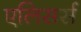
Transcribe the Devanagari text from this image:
एलिसर्स